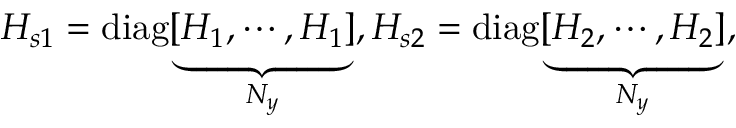
H _ { s 1 } = \operatorname { d i a g } [ \underbrace { H _ { 1 } , \cdots , H _ { 1 } } _ { N _ { y } } ] , H _ { s 2 } = \operatorname { d i a g } [ \underbrace { H _ { 2 } , \cdots , H _ { 2 } } _ { N _ { y } } ] ,